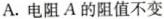
A.电阻A的阻值不变